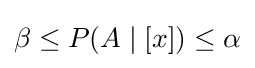
\textstyle \beta \leq P(A\mid [x])\leq \alpha